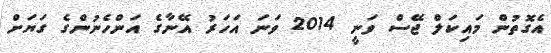
އެގޮތުން މައިކަލް ޖޭސް ވަނީ 2014 ވަނަ އަހަރު އޭނާގެ އަންހެނުންގެ ގަޔަށް